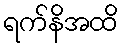
ရက်နိအထိ